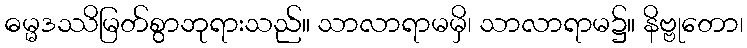
ဓမ္မဒဿိမြတ်စွာဘုရားသည်။ သာလာရာမမှိ၊ သာလာရာမ၌။ နိဗ္ဗုတော၊